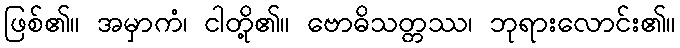
ဖြစ်၏။ အမှာကံ၊ ငါတို့၏။ ဗောဓိသတ္တဿ၊ ဘုရားလောင်း၏။